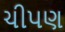
ચીપણ